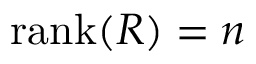
\operatorname { r a n k } ( R ) = n